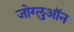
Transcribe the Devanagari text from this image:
जोग्लुऑन